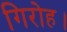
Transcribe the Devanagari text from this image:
गिरोह।